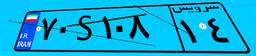
۷۰S۱۰۸۱۴